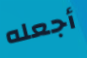
أجعله